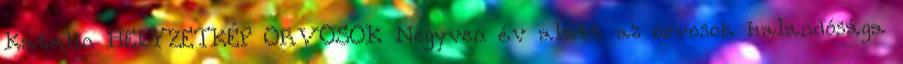
Katalin HELYZETKÉP ORVOSOK Negyven év alatt az orvosok halandósága